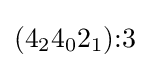
(4_{2}4_{0}2_{1}){:}3